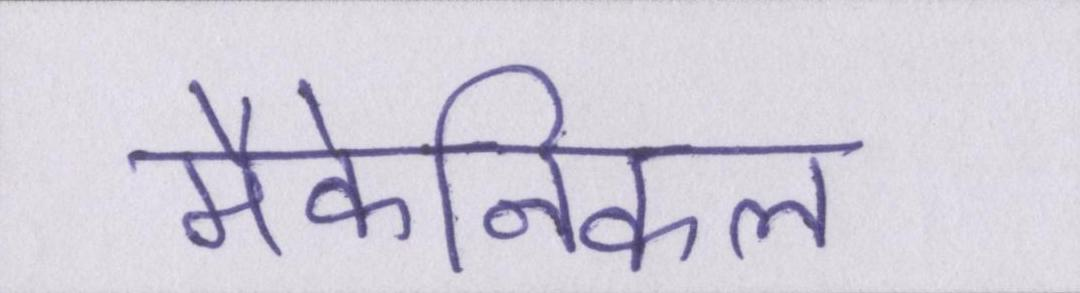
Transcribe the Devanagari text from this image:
मैकेनिकल